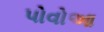
પોવોઆ